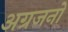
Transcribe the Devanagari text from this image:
अग्रजनों